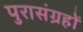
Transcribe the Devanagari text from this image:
पुरासंग्रहों